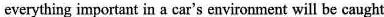
everything important in a car's environment will be caught